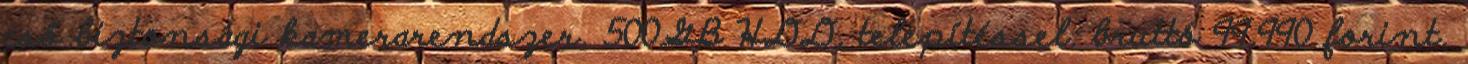
cső biztonsági kamerarendszer, 500GB HDD, telepítéssel: bruttó 99.990 forint.